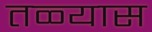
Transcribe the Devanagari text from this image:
तळ्यास